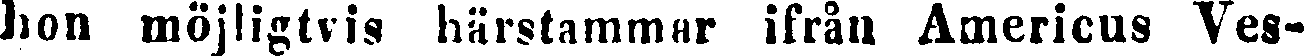
hon möjligtvis härstammar ifrån Americus Ves-